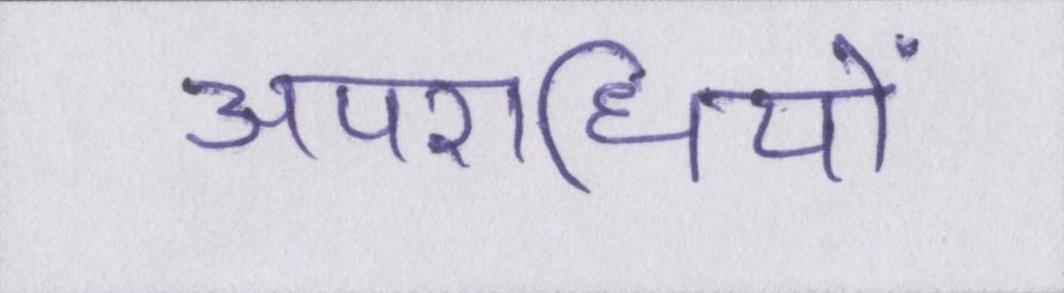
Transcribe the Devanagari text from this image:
अपराधियों